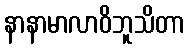
နာနာမာလာဝိဘူသိတာ